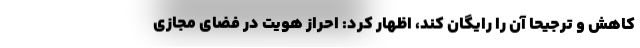
کاهش و ترجیحا آن را رایگان کند، اظهار کرد: احراز هویت در فضای مجازی